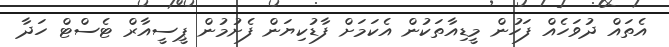
އެތައް ދުވަހެއް ފަހުން މީޑިއާތަކުން އެކަމަށް ފާޑުކިޔަން ފެށުމުން ޕީސީއާރް ޓެސްޓް ހަދާ